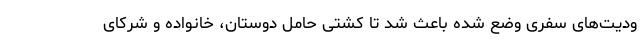
ودیت‌های سفری وضع شده باعث شد تا کشتی حامل دوستان، خانواده و شرکای